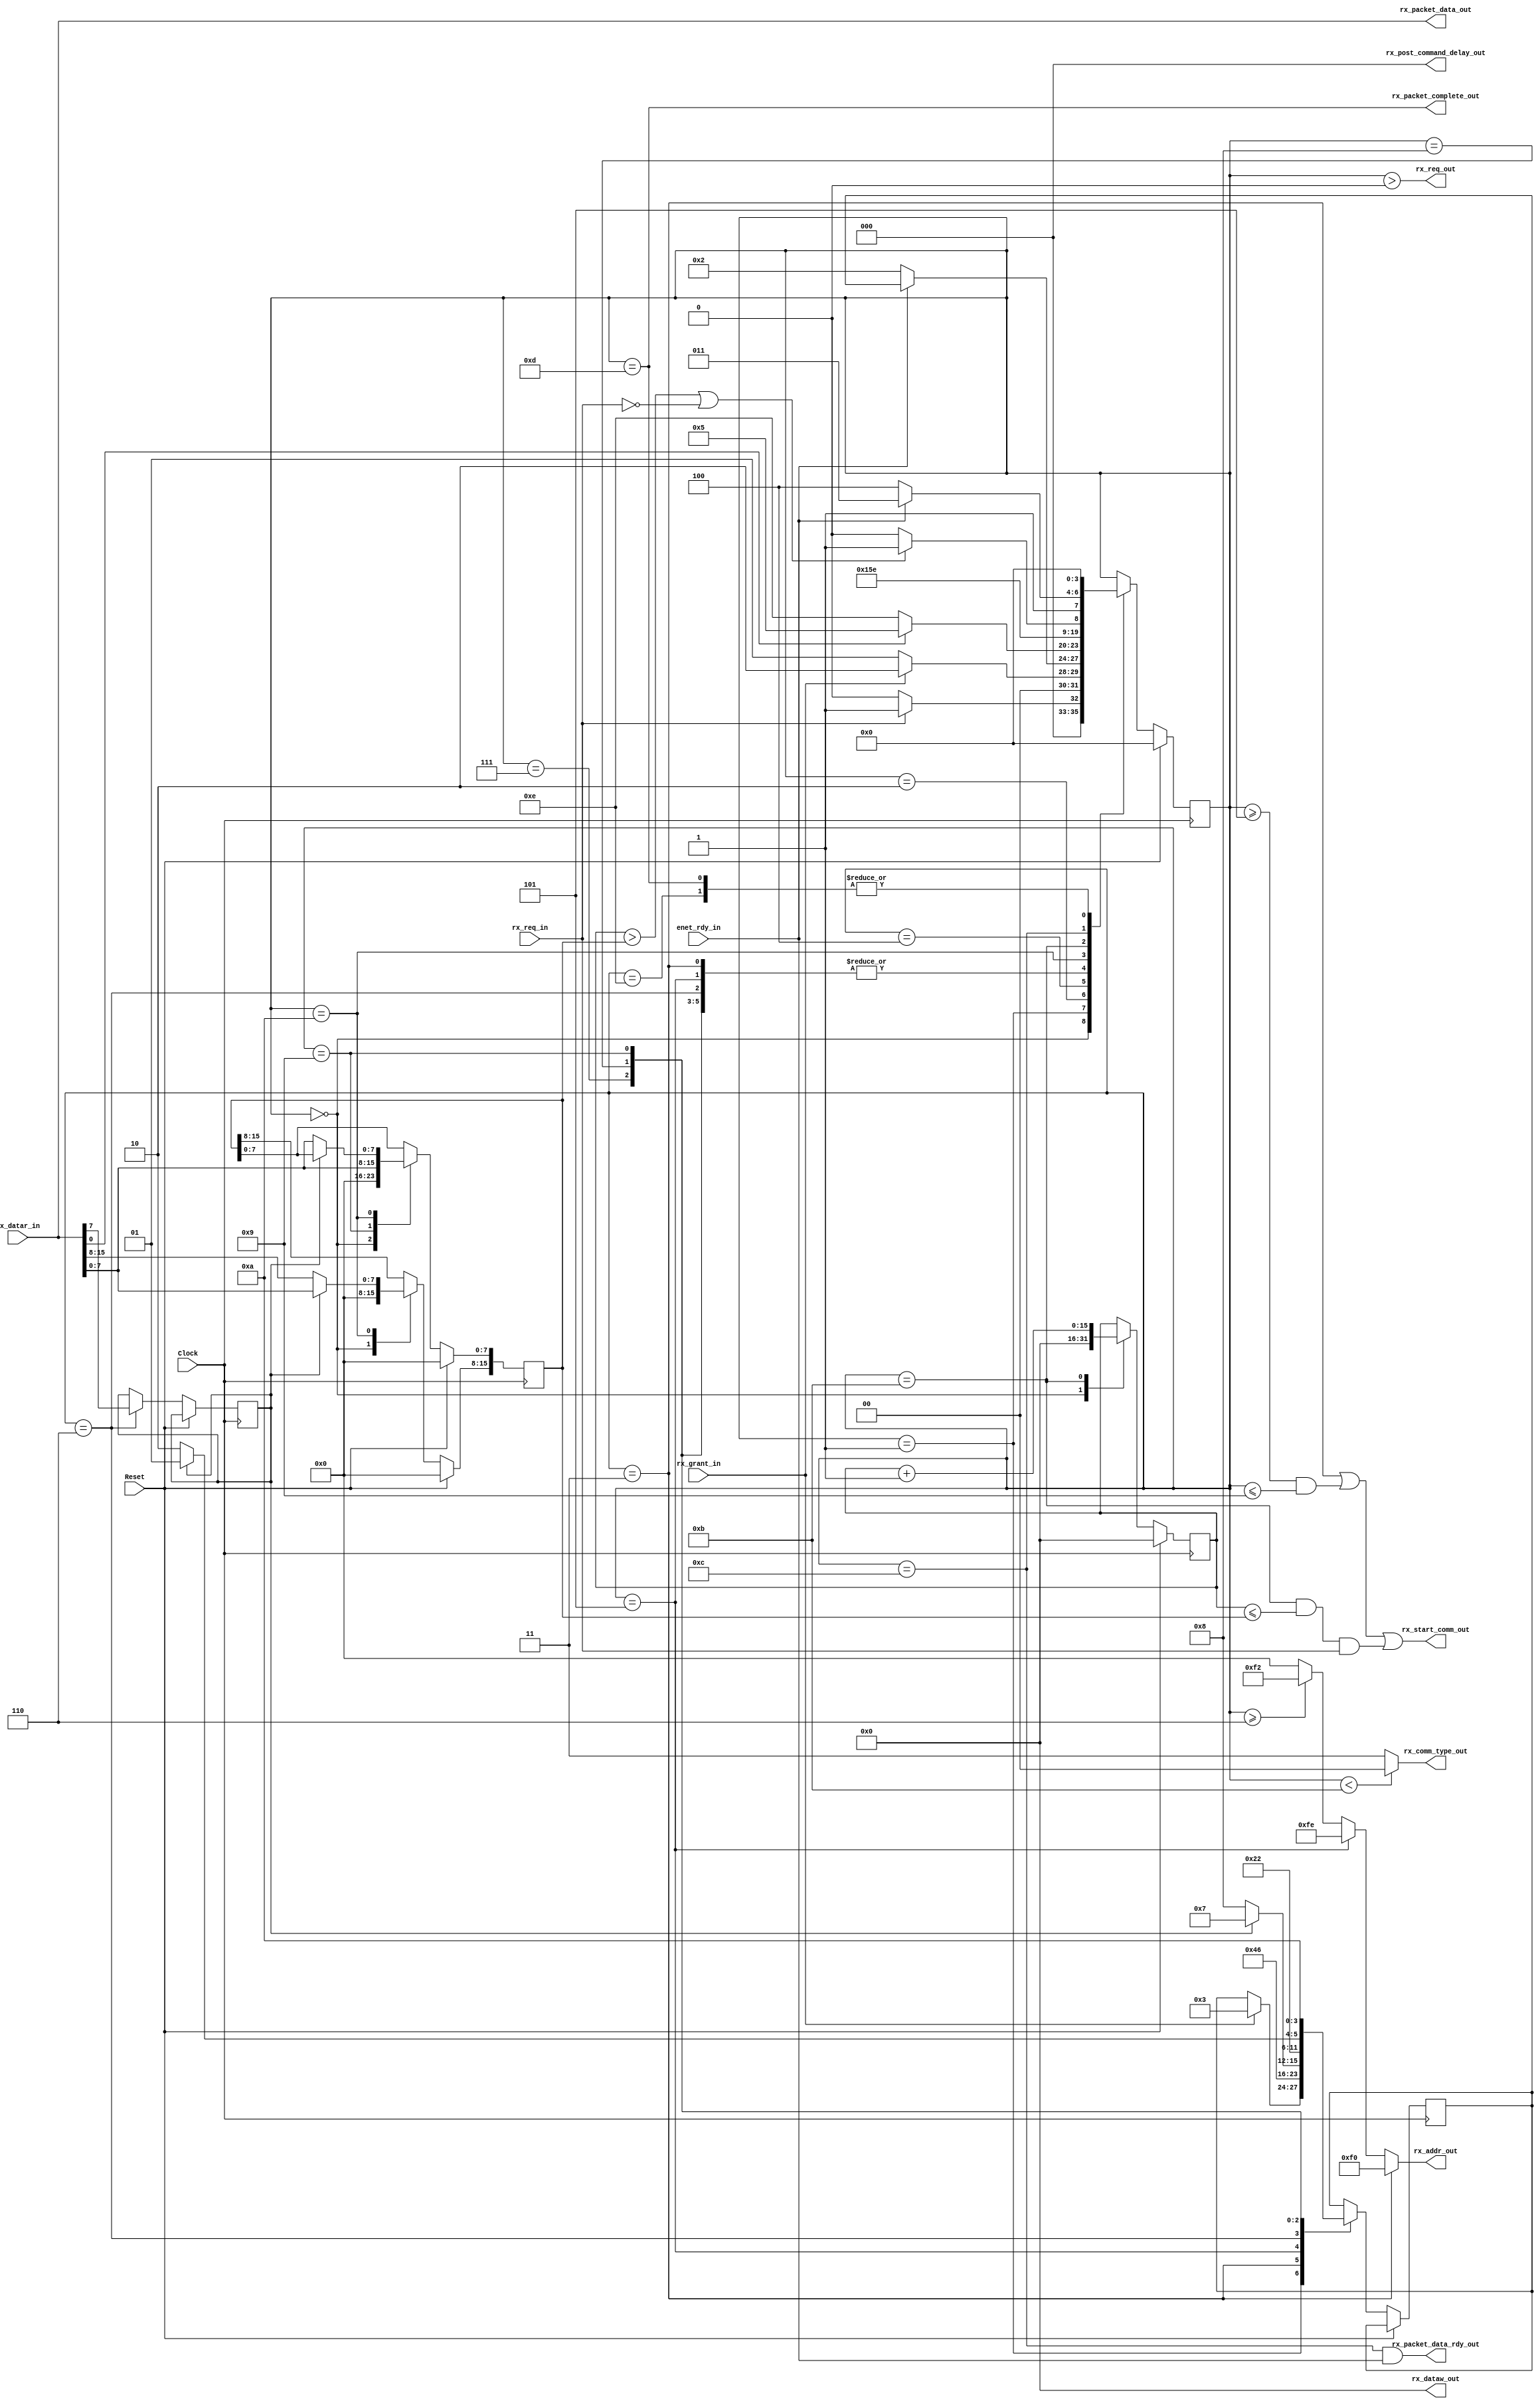
module RXController (
	input Clock,
	input Reset,
		
	input enet_rdy_in,					/* signal from ethernet controller */
		
	input rx_grant_in,					/* signal from arbitrator */
		
	input  rx_req_in,						/* req from user */
	output rx_req_out,					/* signal to arbitrator */
	output [7:0] rx_addr_out,			/* addr to ethernet controller */
	output [15:0] rx_dataw_out,		/* dataw to ethernet controller, not used yet */
	input  [15:0] rx_datar_in,			/* datar from ethernet controller */
	output [2:0] rx_post_command_delay_out,
	output rx_start_comm_out,			/* start_comm to ethernet controller */
	output [1:0] rx_comm_type_out,
		
	output [15:0] rx_packet_data_out,
	output rx_packet_data_rdy_out,	/* Toggles for one cycle indicating data is available to read */
	output rx_packet_complete_out
);

/******** Combinational Logic ********/
assign rx_req_out  				= (state > waiting);
assign rx_addr_out 				= (state == read_rx_ready) 		? 8'hF0 :
											(state == read_iomode_length) ? 8'hFE :
											(state >= read_rx_status)     ? 8'hF2 : 8'h00;
assign rx_dataw_out				= 16'b0;
assign rx_post_command_delay_out	= NO_DELAY;
assign rx_start_comm_out		= (state == read_rx_ready) || 
											(state >= read_iomode_length && state <= read_rx_length_2) ||
											(state == read_rx_data && (rx_index <= rx_length) && rx_req_in);
assign rx_comm_type_out			= (state < read_rx_data) ? COMMAND_READ : COMMAND_RX;

assign rx_packet_data_out 		= rx_datar_in;
assign rx_packet_data_rdy_out = (state == wait_rx_data) && enet_rdy_in;
assign rx_packet_complete_out	= (state == rx_complete);

parameter 	waiting=4'd0, wait_for_grant=4'd1, wait_for_enet_rdy = 4'd2,
				read_rx_ready = 4'd3, check_rx_ready=4'd4, read_iomode_length=4'd5, 
				read_rx_status=4'd6, read_rx_status_2=4'd7, read_rx_length=4'd8, 
				read_rx_length_2=4'd9, read_rx_length_finish=4'd10, read_rx_data=4'd11, 
				wait_rx_data=4'd12, rx_complete = 4'd13, error=4'd14;
				
parameter IO_MODE_8=1'b1, IO_MODE_16=1'b0;
parameter COMMAND_READ = 2'd0, COMMAND_WRITE = 2'd1, COMMAND_TX = 2'd2, COMMAND_RX = 2'd3;
parameter NO_DELAY = 3'd0, STD_DELAY = 3'd1, LONG_DELAY = 3'd2;

reg [3:0] state;
reg [3:0] state_after_wait;
reg io_mode;
reg [15:0] rx_status;
reg [15:0] rx_length;
reg [15:0] rx_index;

always@(posedge Clock) begin
	if (Reset) begin
		rx_status <= 16'd0;
		rx_length <= 16'd0;
		rx_index  <= 16'd0;
		state 	 <= waiting;
	end
	else begin
		case (state)
		waiting: begin
			rx_index  <= 16'd0;
			rx_status <= 16'd0;
			rx_length <= 16'd0;
			if (rx_req_in) begin
				state <= wait_for_grant;
			end
			else begin
				state <= waiting;
			end
		end
		
		/* Wait for arbitrator to grant access */
		wait_for_grant: begin
			if (rx_grant_in) begin
				state <= wait_for_enet_rdy;
				state_after_wait	<= read_rx_ready;
			end
			else begin
				state <= wait_for_grant;
			end
		end
		
		/* Use this generic state to wait for EthernetController to finish command */
		wait_for_enet_rdy: begin
			if (enet_rdy_in) begin
				state <= state_after_wait;
			end
			else begin
				state <= wait_for_enet_rdy;
			end
		end
		
		/* Read RX ready bit from register F0 */
		read_rx_ready: begin
			state_after_wait <= check_rx_ready;
			state <= wait_for_enet_rdy;
		end
		
		/* Make sure RX Ready check LSB == 1, otherwise raise error flag */
		check_rx_ready: begin
			if (rx_datar_in[0]) begin
				state <= read_iomode_length;
			end
			else begin 
				state <= error;
			end
		end
		
		/* Read bit 7 from register FE to know if in 8bit or 16bit */
		read_iomode_length: begin
			state_after_wait <= read_rx_status;
			state <= wait_for_enet_rdy;
		end
		
		/* Read in rx status from reg F2 */
		read_rx_status: begin
			io_mode <= rx_datar_in[7];	
			
			state <= wait_for_enet_rdy;
			if (io_mode == IO_MODE_16) begin
				state_after_wait <= read_rx_length;
			end
			else begin
				state_after_wait <= read_rx_status_2;
			end
		end
		
		/* Read rx status 2nd byte (if in 8-bit mode) */
		read_rx_status_2: begin
			rx_status[7:0] <= rx_datar_in[7:0];
			
			state <= wait_for_enet_rdy;
			state_after_wait <= read_rx_length;
		end
		
		/* Read in rx length */
		read_rx_length: begin
			state <= wait_for_enet_rdy;
			if (io_mode == IO_MODE_16) begin
				rx_status <= rx_datar_in;
				state_after_wait <= read_rx_length_finish;
			end
			else begin
				rx_status[15:8] <= rx_datar_in[7:0];
				state_after_wait <= read_rx_length_2;
			end
		end
		
		/* Read rx length 2nd byte (if in 8-bit mode) */
		read_rx_length_2: begin
			rx_length[7:0] <= rx_datar_in[7:0];
			
			state <= wait_for_enet_rdy;
			state_after_wait <= read_rx_length_finish;
		end
		
		read_rx_length_finish: begin
			if (io_mode == IO_MODE_16) begin
				rx_length <= rx_datar_in;
			end
			else begin
				rx_length[15:8] <= rx_datar_in[7:0];
			end
			
			state <= read_rx_data;
		end
		
		/* Read rx data, keep reading as long as index < length and
		 * rx_req_in is 1
		 */
		read_rx_data: begin
			rx_index <= rx_index + 16'd1;
			
			/* Reached the end of the packet, end rx request */
			if (rx_index > rx_length || !rx_req_in) begin
				state <= rx_complete;
			end
			else begin
				state <= wait_rx_data;
			end
		end
		
		wait_rx_data: begin
			if (enet_rdy_in) begin
				state <= read_rx_data;
			end
			else begin
				state <= wait_rx_data;
			end
		end
		
		rx_complete: begin
			state <= waiting;
		end
		
		error: begin
			state <= waiting;
		end
		endcase
	end
end
endmodule